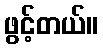
ဖွင့်တယ်။